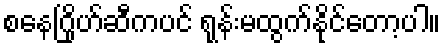
စနေဂြိုဟ်ဆီကပင် ရုန်းမထွက်နိုင်တော့ပါ။